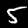
Digit: 5